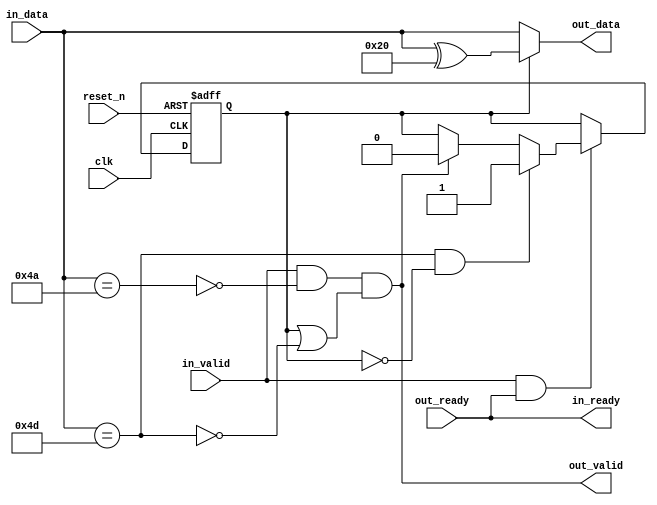
module altera_avalon_st_idle_remover (

      // Interface: clk
      input              clk,
      input              reset_n,
      // Interface: ST in
      output reg         in_ready,
      input              in_valid,
      input      [7: 0]  in_data,

      // Interface: ST out 
      input              out_ready,
      output reg         out_valid,
      output reg [7: 0]  out_data
);

   // ---------------------------------------------------------------------
   //| Signal Declarations
   // ---------------------------------------------------------------------

   reg  received_esc;
   wire escape_char, idle_char;

   // ---------------------------------------------------------------------
   //| Thingofamagick
   // ---------------------------------------------------------------------

   assign idle_char = (in_data == 8'h4a);
   assign escape_char = (in_data == 8'h4d);

   always @(posedge clk or negedge reset_n) begin
      if (!reset_n) begin
         received_esc <= 0; 
      end else begin
         if (in_valid & in_ready) begin
            if (escape_char & ~received_esc) begin
                 received_esc <= 1;
            end else if (out_valid) begin
                 received_esc <= 0;
            end
         end
      end
   end

   always @* begin
      in_ready = out_ready;
      //out valid when in_valid.  Except when we get idle or escape
      //however, if we have received an escape character, then we are valid
      out_valid = in_valid & ~idle_char & (received_esc | ~escape_char);
      out_data = received_esc ? (in_data ^ 8'h20) : in_data;
   end
endmodule